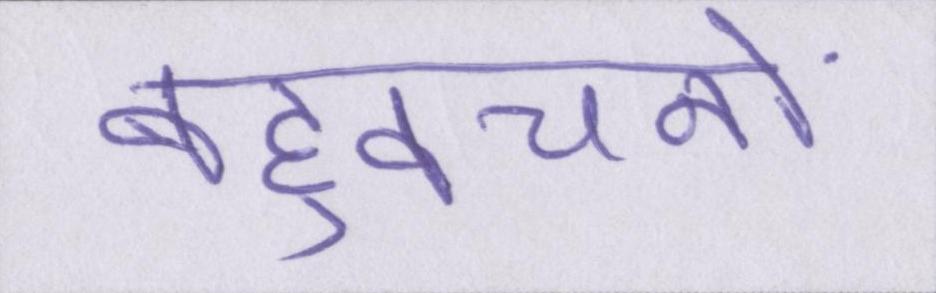
बहुवचनों